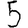
Digit: 5